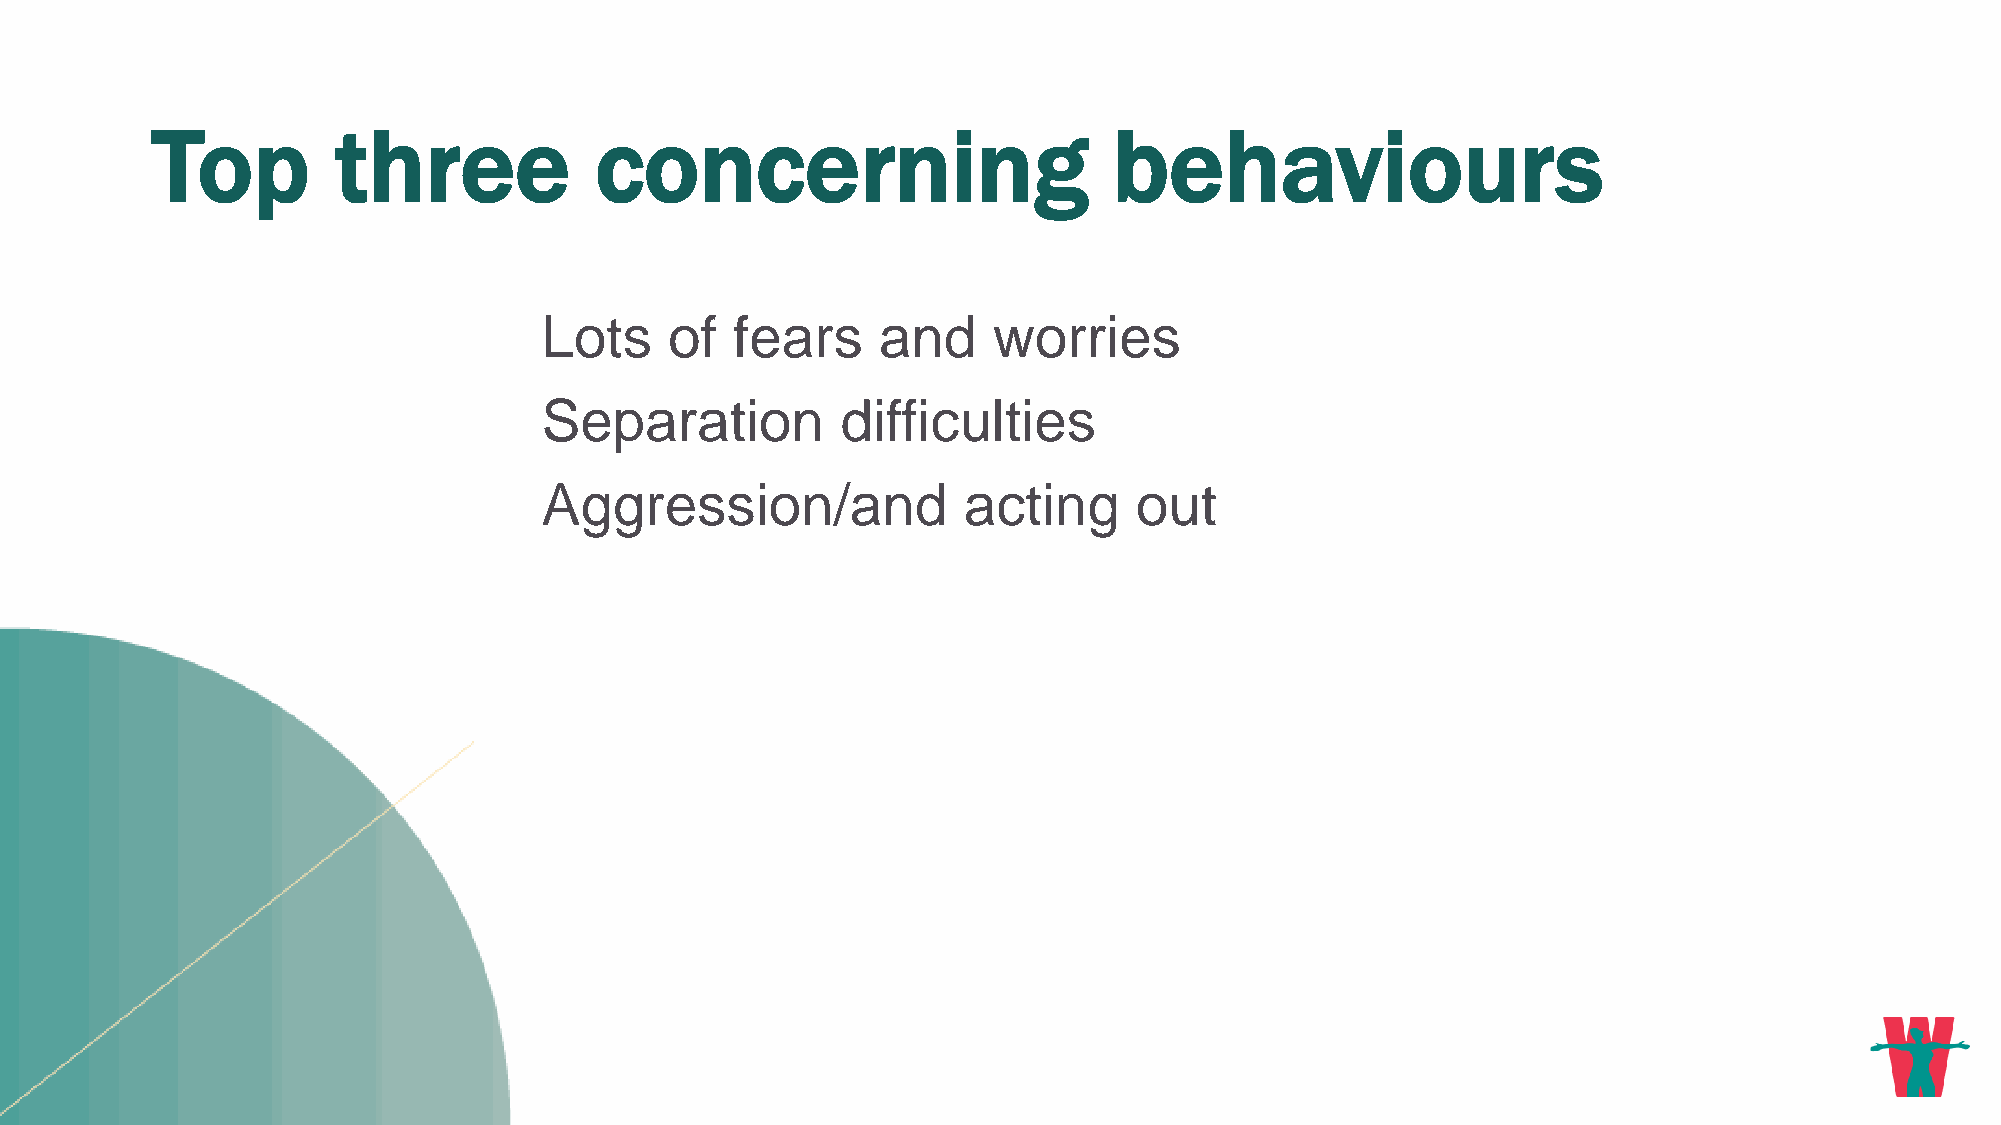
Top         three            concerning                         behaviours
 Lots    of   fears    and     worries
 Separation          difficulties
 Aggression/and              acting     out